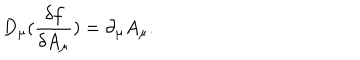
D _ { \mu } ( \frac { \delta f } { \delta A _ { \mu } } ) = \partial _ { \mu } A _ { \mu } .